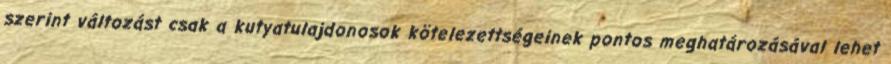
szerint változást csak a kutyatulajdonosok kötelezettségeinek pontos meghatározásával lehet